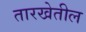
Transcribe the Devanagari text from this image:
तारखेतील